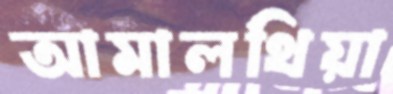
আমালথিয়া